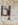
إذا